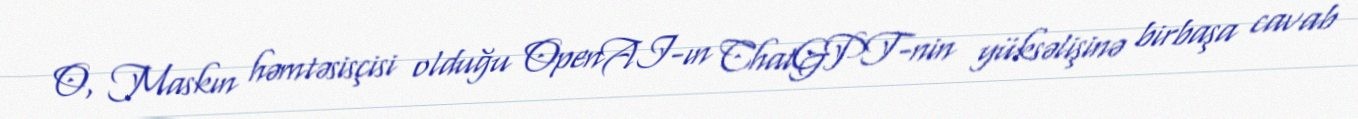
O, Maskın həmtəsisçisi olduğu OpenAI-ın ChatGPT-nin yüksəlişinə birbaşa cavab